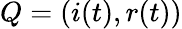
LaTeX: Q=(i(t),r(t))